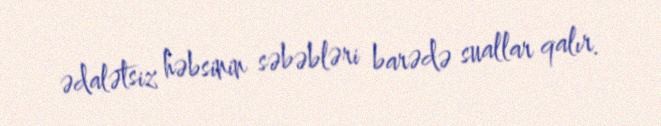
ədalətsiz həbsinin səbəbləri barədə suallar qalır.